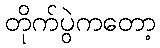
တိုက်ပွဲကတော့